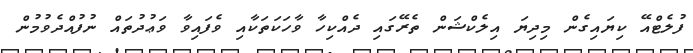
ފުލެޓްއޭ ކިޔައިގެން މިދިޔަ އިލެކްޝަން ތެރޭގައި ދެއްކިހާ ވާހަކަތަކާއި ވެފައިވާ ވަޢުދުތައް ނުފުއްދެވުމުން